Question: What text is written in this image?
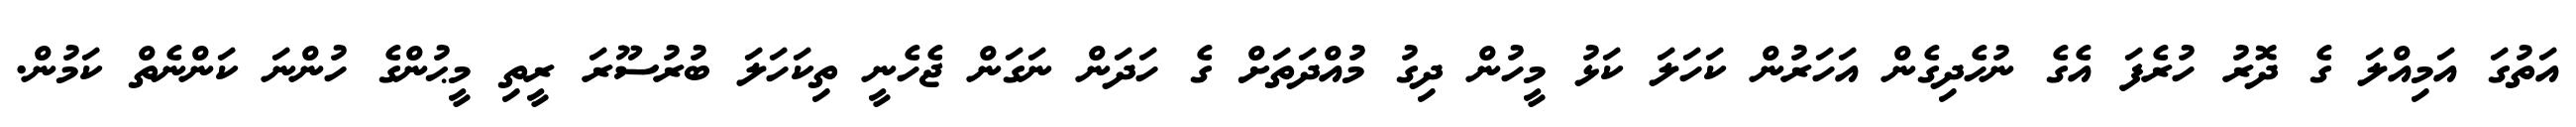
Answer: އަތުގަ އަމިއްލަ ގެ ދޮރު ހުރެފަ އެގެ ނުހެދިގެން އަހަރުން ކަހަލަ ކަޅު މީހުން ދިގު މުއްދަތަށް ގެ ހަދަން ނަގަން ޖެހެނީ ތިކަހަލަ ބުރުސޫރަ ރީތި މީޙުންގެ ހުންނަ ކަންނެތް ކަމުން.